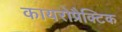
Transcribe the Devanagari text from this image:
कायरोप्रैक्टिक